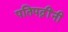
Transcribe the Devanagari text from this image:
पतिपत्नींनी